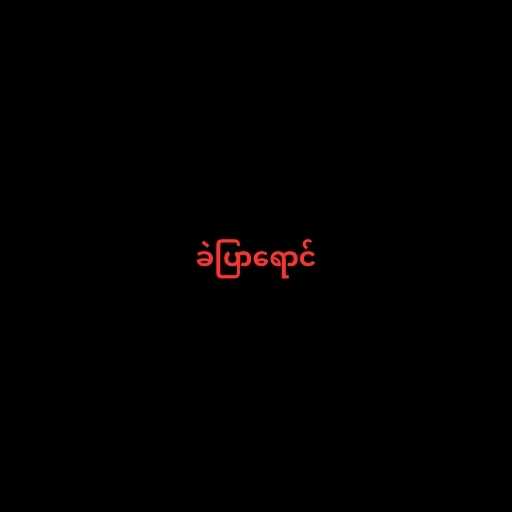
ခဲပြာရောင်